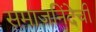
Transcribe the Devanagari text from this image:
समाजनिंदेची